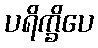
ပရိက္ခိပေ